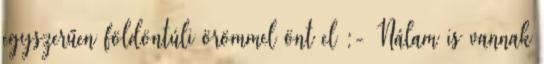
egyszerűen földöntúli örömmel önt el :- Nálam is vannak